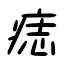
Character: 痣